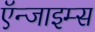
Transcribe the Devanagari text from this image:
ऍन्जाइम्स